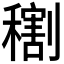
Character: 𥢫